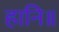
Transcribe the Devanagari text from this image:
हानि॥